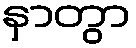
နှာတွာ